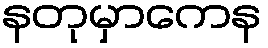
နတုမှာကေန